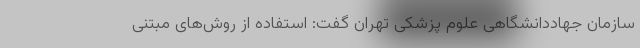
سازمان جهاددانشگاهی علوم پزشکی تهران گفت: استفاده از روش‌های مبتنی